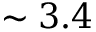
\sim 3 . 4